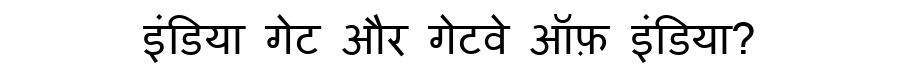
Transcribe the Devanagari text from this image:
इंडिया गेट और गेटवे ऑफ़ इंडिया?